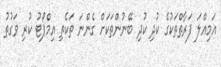
އަމިއްލަ ފަރާތްތަކުގެ ކުދި ކުދި ބޭނުންތަކަށް ގެންނަ ތަކެތި އިމްޕޯޓު ކުރި ވަގުތު